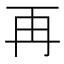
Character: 再